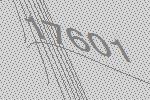
17601